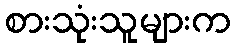
စားသုံးသူများက